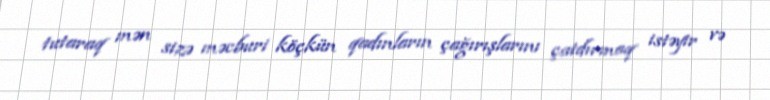
tutaraq mən sizə məcburi köçkün qadınların çağırışlarını çatdırmaq istəyir və